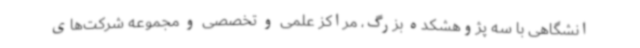
انشگاهی با سه پژوهشکده بزرگ، مراکز علمی و تخصصی و مجموعه شرکت‌های